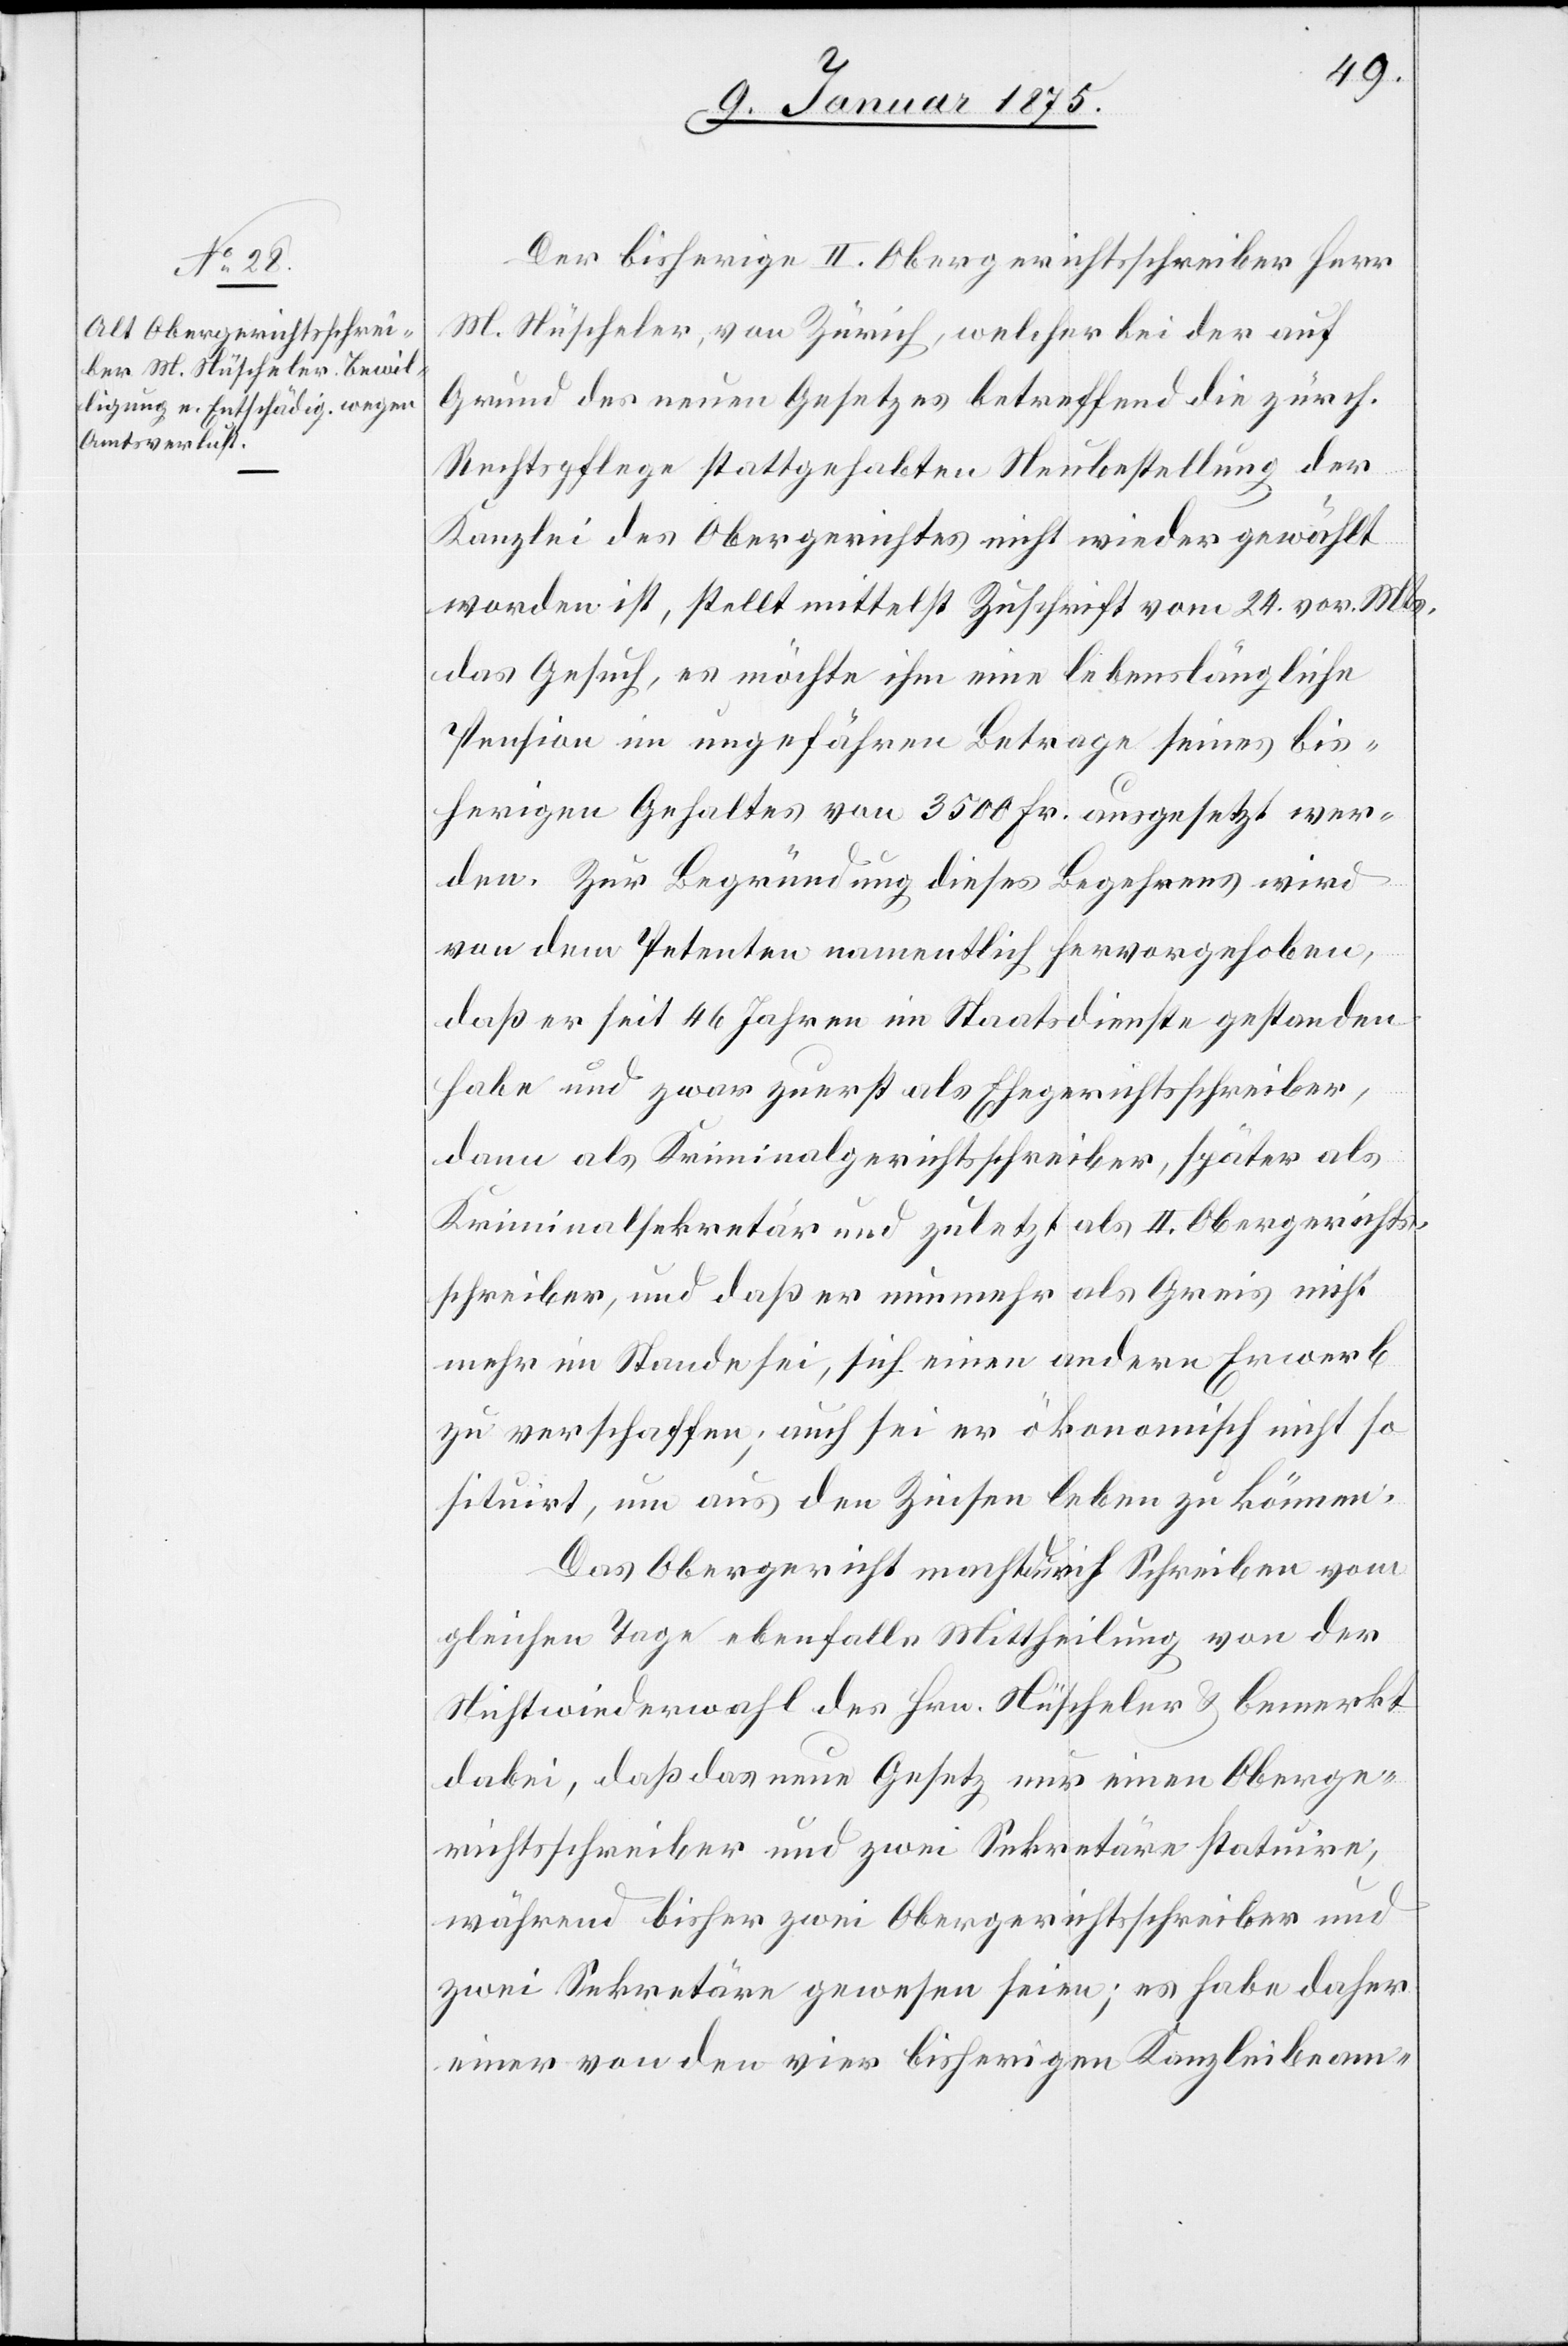
Der bisherige II. Obergerichtsschreiber Herr
M. Nüscheler, von Zürich, welcher bei der auf
Grund des neuen Gesetzes betreffend die zürch.
Rechtspflege stattgehabten Neubestellung der
Kanzlei des Obergerichtes nicht wieder gewählt
worden ist, stellt mittelst Zuschrift vom 24. vor. Mts.
das Gesuch, es möchte ihm eine lebenslängliche
Pension im ungefähren Betrage seines bis¬
herigen Gehaltes von 3500 Fr. ausgesetzt wer¬
den. Zur Begründung dieses Begehrens wird
von dem Petenten namentlich hervorgehoben,
daß er seit 46 Jahren im Staatsdienste gestanden
habe und zwar zuerst als Ehegerichtsschreiber,
dann als Kriminalgerichtsschreiber, später als
Kriminalsekretär und zuletzt als II. Obergerichts¬
schreiber, und daß er nunmehr als Greis nicht
mehr im Stande sei, sich einen andern Erwerb
zu verschaffen; auch sei er ökonomisch nicht so
situirt, um aus den Zinsen leben zu können.
Das Obergericht macht durch Schreiben vom
gleichen Tage ebenfalls Mittheilung von der
Nichtwiederwahl des Hrn. Nüscheler & bemerkt
dabei, daß das neue Gesetz nur einen Oberge¬
richtsschreiber und zwei Sekretäre statuire,
während bisher zwei Obergerichtsschreiber und
zwei Sekretäre gewesen seien; es habe daher
einer von den vier bisherigen Kanzleibeam-